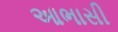
આભાસી